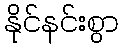
နိုင်နင်းစွာ